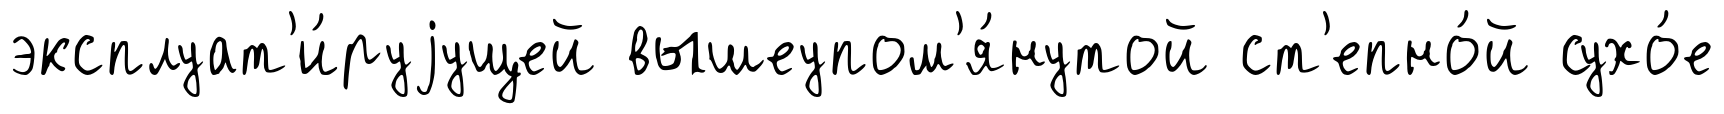
эксплуат'и́руjущей вышеупом'я́нутой ст'епно́й сухо́е